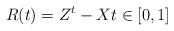
LaTeX: \begin{align*}R(t)= Z^t- Xt\in [0,1]\end{align*}